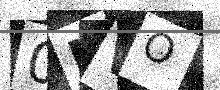
Text: 0NVO